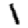
Digit: 1